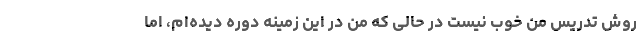
روش تدریس من خوب نیست در حالی که من در این زمینه دوره دیده‌ام، اما